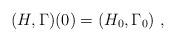
LaTeX: \begin{align*}(H,\Gamma)(0) = (H_0,\Gamma_0)\ ,\end{align*}